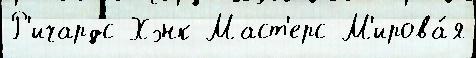
Р'ичардс Хэнк Маст'ерс М'ирова́я